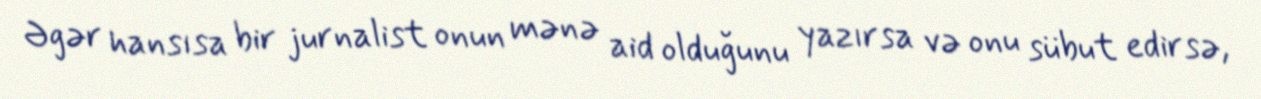
Əgər hansısa bir jurnalist onun mənə aid olduğunu yazırsa və onu sübut edirsə,